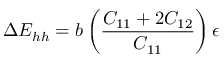
\Delta E _ { h h } = b \left( { \frac { C _ { 1 1 } + 2 C _ { 1 2 } } { C _ { 1 1 } } } \right) \epsilon